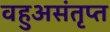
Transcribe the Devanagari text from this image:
वहुअसंतृप्त